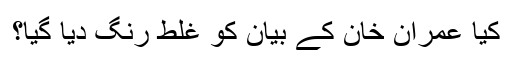
کیا عمران خان کے بیان کو غلط رنگ دیا گیا؟